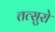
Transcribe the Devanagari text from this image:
तत्सुरो